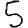
Digit: 5